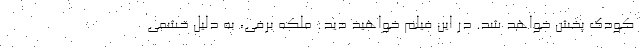
کودک پخش خواهد شد. در این فیلم خواهید دید: ملکه برفی، به دلیل خشمی